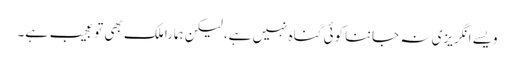
ویسے انگریزی نہ جاننا کوئی گناہ نہیں ہے، لیکن ہمارا ملک بھی تو عجیب ہے۔